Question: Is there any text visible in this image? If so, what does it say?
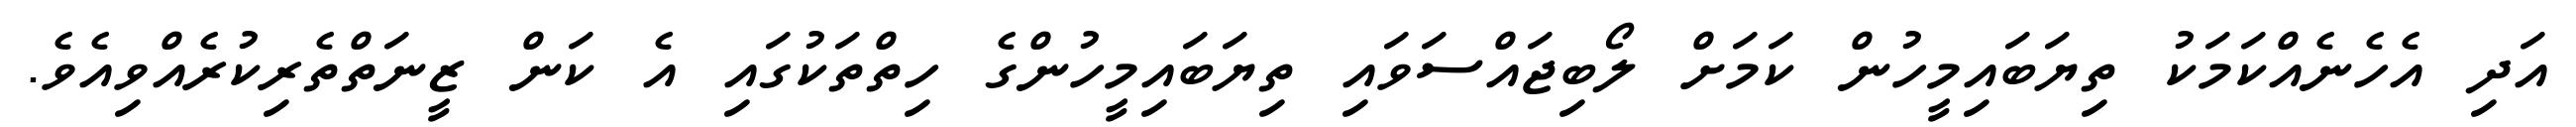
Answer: އަދި އެހެނެއްކަމަކު ތިޔަބައިމީހުން ކަމަށް ލޯބިޖައްސަވައި ތިޔަބައިމީހުންގެ ހިތްތަކުގައި އެ ކަން ޒީނަތްތެރިކުރެއްވިއެވެ.